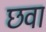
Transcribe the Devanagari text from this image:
छवा